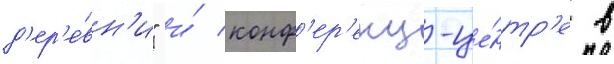
д'ер'е́вн'и" и́ конф'ер'енц-це́нтр'е в